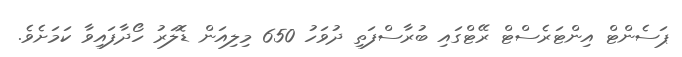
ޕަސެންޓް އިންޓަރެސްޓް ރޭޓްގައި ބުރާސްފަތި ދުވަހު 650 މިލިއަން ޑޮލަރު ހޯދާފައިވާ ކަމަށެވެ.